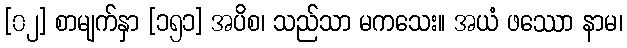
[၀၂] စာမျက်နှာ [၁၅၁] အပိစ၊ သည်သာ မကသေး။ အယံ ဖဿော နာမ၊